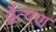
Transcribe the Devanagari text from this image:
द्वैत्पण